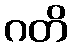
ဂတိ